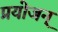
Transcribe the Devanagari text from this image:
प्रयोजन्